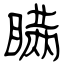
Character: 瞒